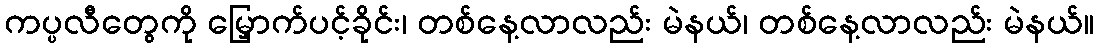
ကပ္ပလီတွေကို မြှောက်ပင့်ခိုင်း၊ တစ်နေ့လာလည်း မဲနယ်၊ တစ်နေ့လာလည်း မဲနယ်။